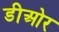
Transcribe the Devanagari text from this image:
डीओर